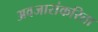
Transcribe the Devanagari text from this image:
अवजारांकरिता